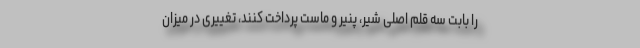
را بابت سه قلم اصلی شیر، پنیر و ماست پرداخت کنند، تغییری در میزان